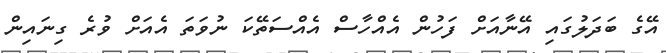
އޭގެ ބަދަލުގައި އޭނާއަށް ފަހުން އެއްހާސް އެއްސަތޭކަ ނުވަތަ އެއަށް ވުރެ ގިނައިން